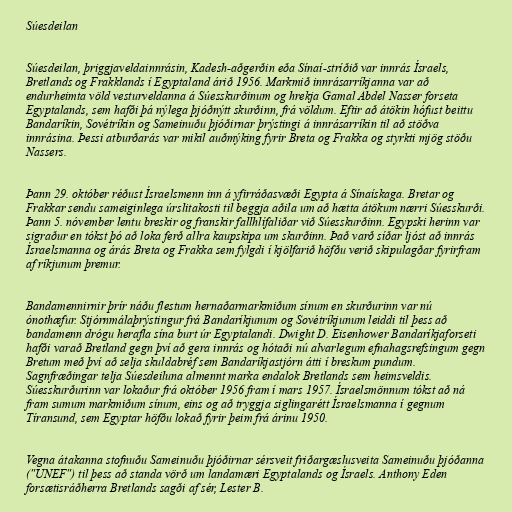
Súesdeilan

Súesdeilan, þriggjaveldainnrásin, Kadesh-aðgerðin eða Sínaí-stríðið var innrás Ísraels,
Bretlands og Frakklands í Egyptaland árið 1956. Markmið innrásarríkjanna var að
endurheimta völd vesturveldanna á Súesskurðinum og hrekja Gamal Abdel Nasser forseta
Egyptalands, sem hafði þá nýlega þjóðnýtt skurðinn, frá völdum. Eftir að átökin hófust beittu
Bandaríkin, Sovétríkin og Sameinuðu þjóðirnar þrýstingi á innrásarríkin til að stöðva
innrásina. Þessi atburðarás var mikil auðmýking fyrir Breta og Frakka og styrkti mjög stöðu
Nassers.

Þann 29. október réðust Ísraelsmenn inn á yfirráðasvæði Egypta á Sínaískaga. Bretar og
Frakkar sendu sameiginlega úrslitakosti til beggja aðila um að hætta átökum nærri Súesskurði.
Þann 5. nóvember lentu breskir og franskir fallhlífaliðar við Súesskurðinn. Egypski herinn var
sigraður en tókst þó að loka ferð allra kaupskipa um skurðinn. Það varð síðar ljóst að innrás
Ísraelsmanna og árás Breta og Frakka sem fylgdi í kjölfarið höfðu verið skipulagðar fyrirfram
af ríkjunum þremur.

Bandamennirnir þrír náðu flestum hernaðarmarkmiðum sínum en skurðurinn var nú
ónothæfur. Stjórnmálaþrýstingur frá Bandaríkjunum og Sovétríkjunum leiddi til þess að
bandamenn drógu herafla sína burt úr Egyptalandi. Dwight D. Eisenhower Bandaríkjaforseti
hafði varað Bretland gegn því að gera innrás og hótaði nú alvarlegum efnahagsrefsingum gegn
Bretum með því að selja skuldabréf sem Bandaríkjastjórn átti í breskum pundum.
Sagnfræðingar telja Súesdeiluna almennt marka endalok Bretlands sem heimsveldis.
Súesskurðurinn var lokaður frá október 1956 fram í mars 1957. Ísraelsmönnum tókst að ná
fram sumum markmiðum sínum, eins og að tryggja siglingarétt Ísraelsmanna í gegnum
Tíransund, sem Egyptar höfðu lokað fyrir þeim frá árinu 1950.

Vegna átakanna stofnuðu Sameinuðu þjóðirnar sérsveit friðargæslusveita Sameinuðu þjóðanna
("UNEF") til þess að standa vörð um landamæri Egyptalands og Ísraels. Anthony Eden
forsætisráðherra Bretlands sagði af sér, Lester B.